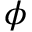
\phi